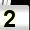
Digit: 2